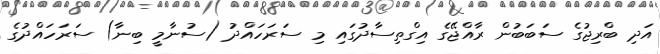
އަދި ބްރިޖުގެ ސަބަބުން ރާއްޖޭގެ އިގްތިސާދުގައި މި ސަރަހައްދު (ސުނާމީ ބިނާ) ސަރަހައްދުގެ